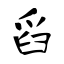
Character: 舀